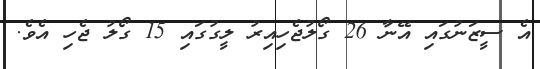
އެ ސީޒަނުގައި އޭނާ 26 ގޯލުޖެހިއިރު ލީގުގައި 15 ގޯލު ޖެހި އެވެ.